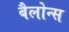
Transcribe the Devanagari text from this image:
बैलोन्स